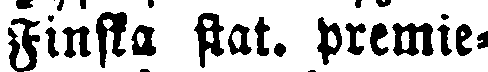
Finska stat. premie-